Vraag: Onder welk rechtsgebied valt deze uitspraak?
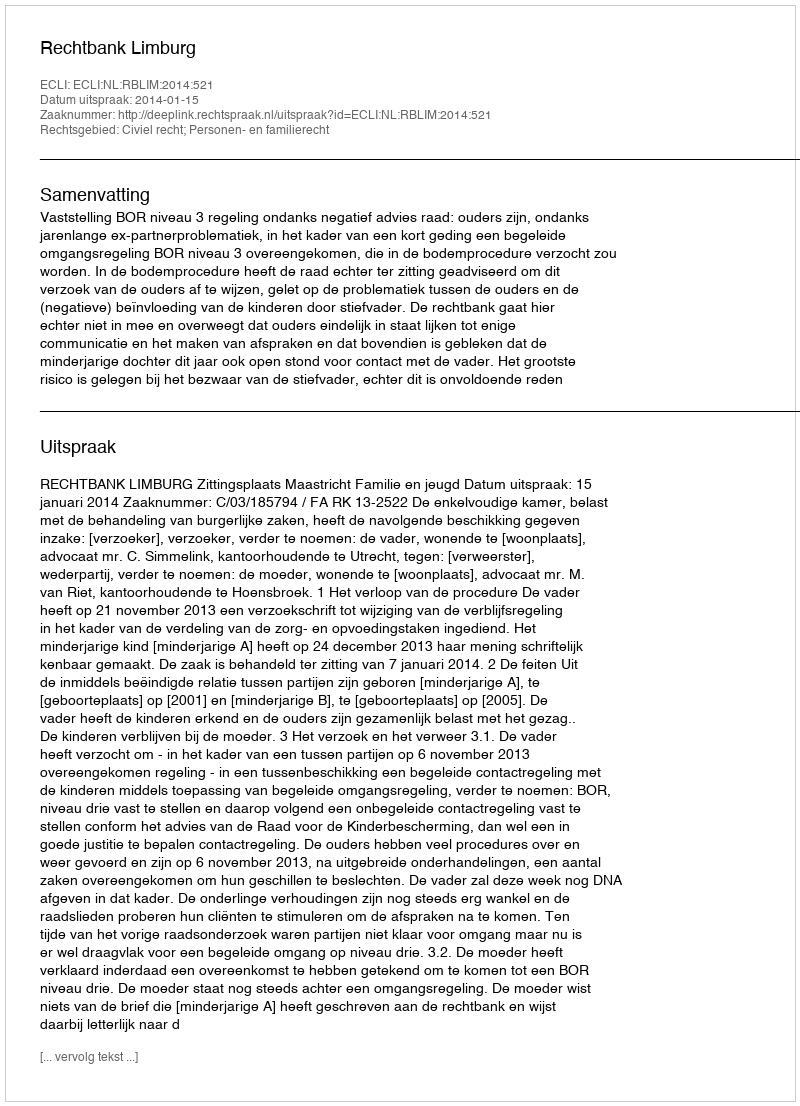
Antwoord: Civiel recht; Personen- en familierecht